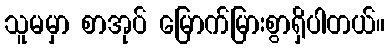
သူမမှာ စာအုပ် မြောက်မြားစွာရှိပါတယ်။